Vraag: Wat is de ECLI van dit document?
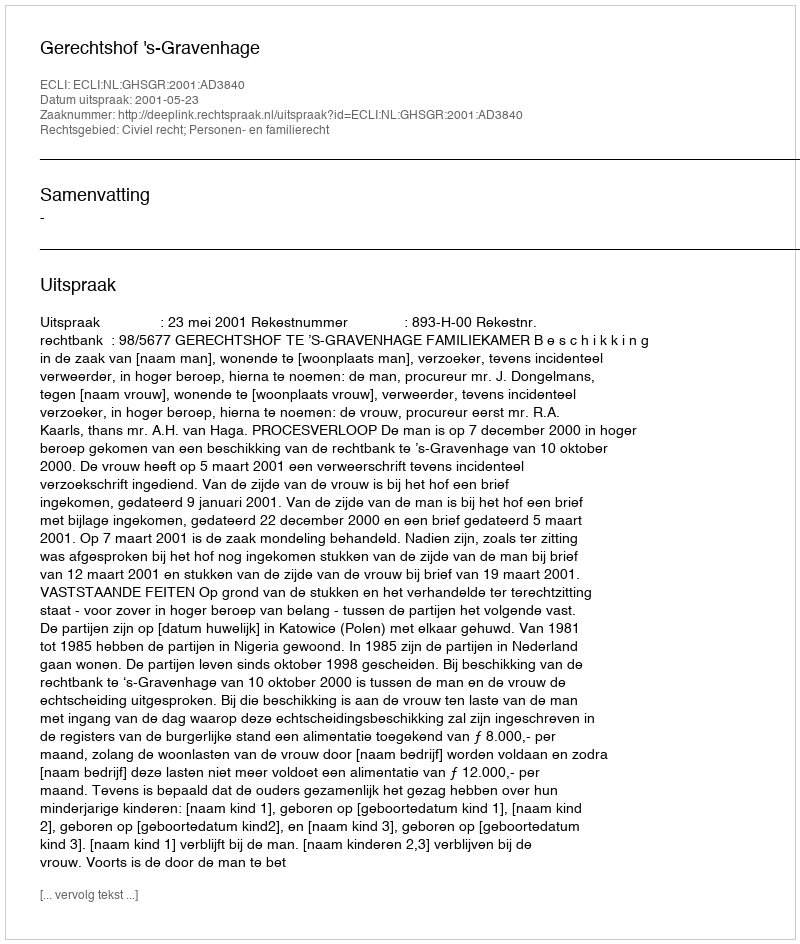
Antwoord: ECLI:NL:GHSGR:2001:AD3840